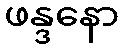
ဖန္ဒနော